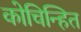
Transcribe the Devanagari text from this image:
कोचिन्हित